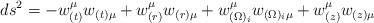
LaTeX: \begin{align*}ds^2 = - w_{(t)}^{\mu} w_{(t) \mu} + w_{(r)}^{\mu} w_{(r) \mu} +w_{(\Omega)_i}^{\mu} w_{(\Omega)_i \mu} + w_{(z)}^{\mu} w_{(z) \mu}\end{align*}